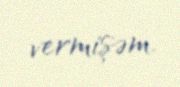
vermişəm.